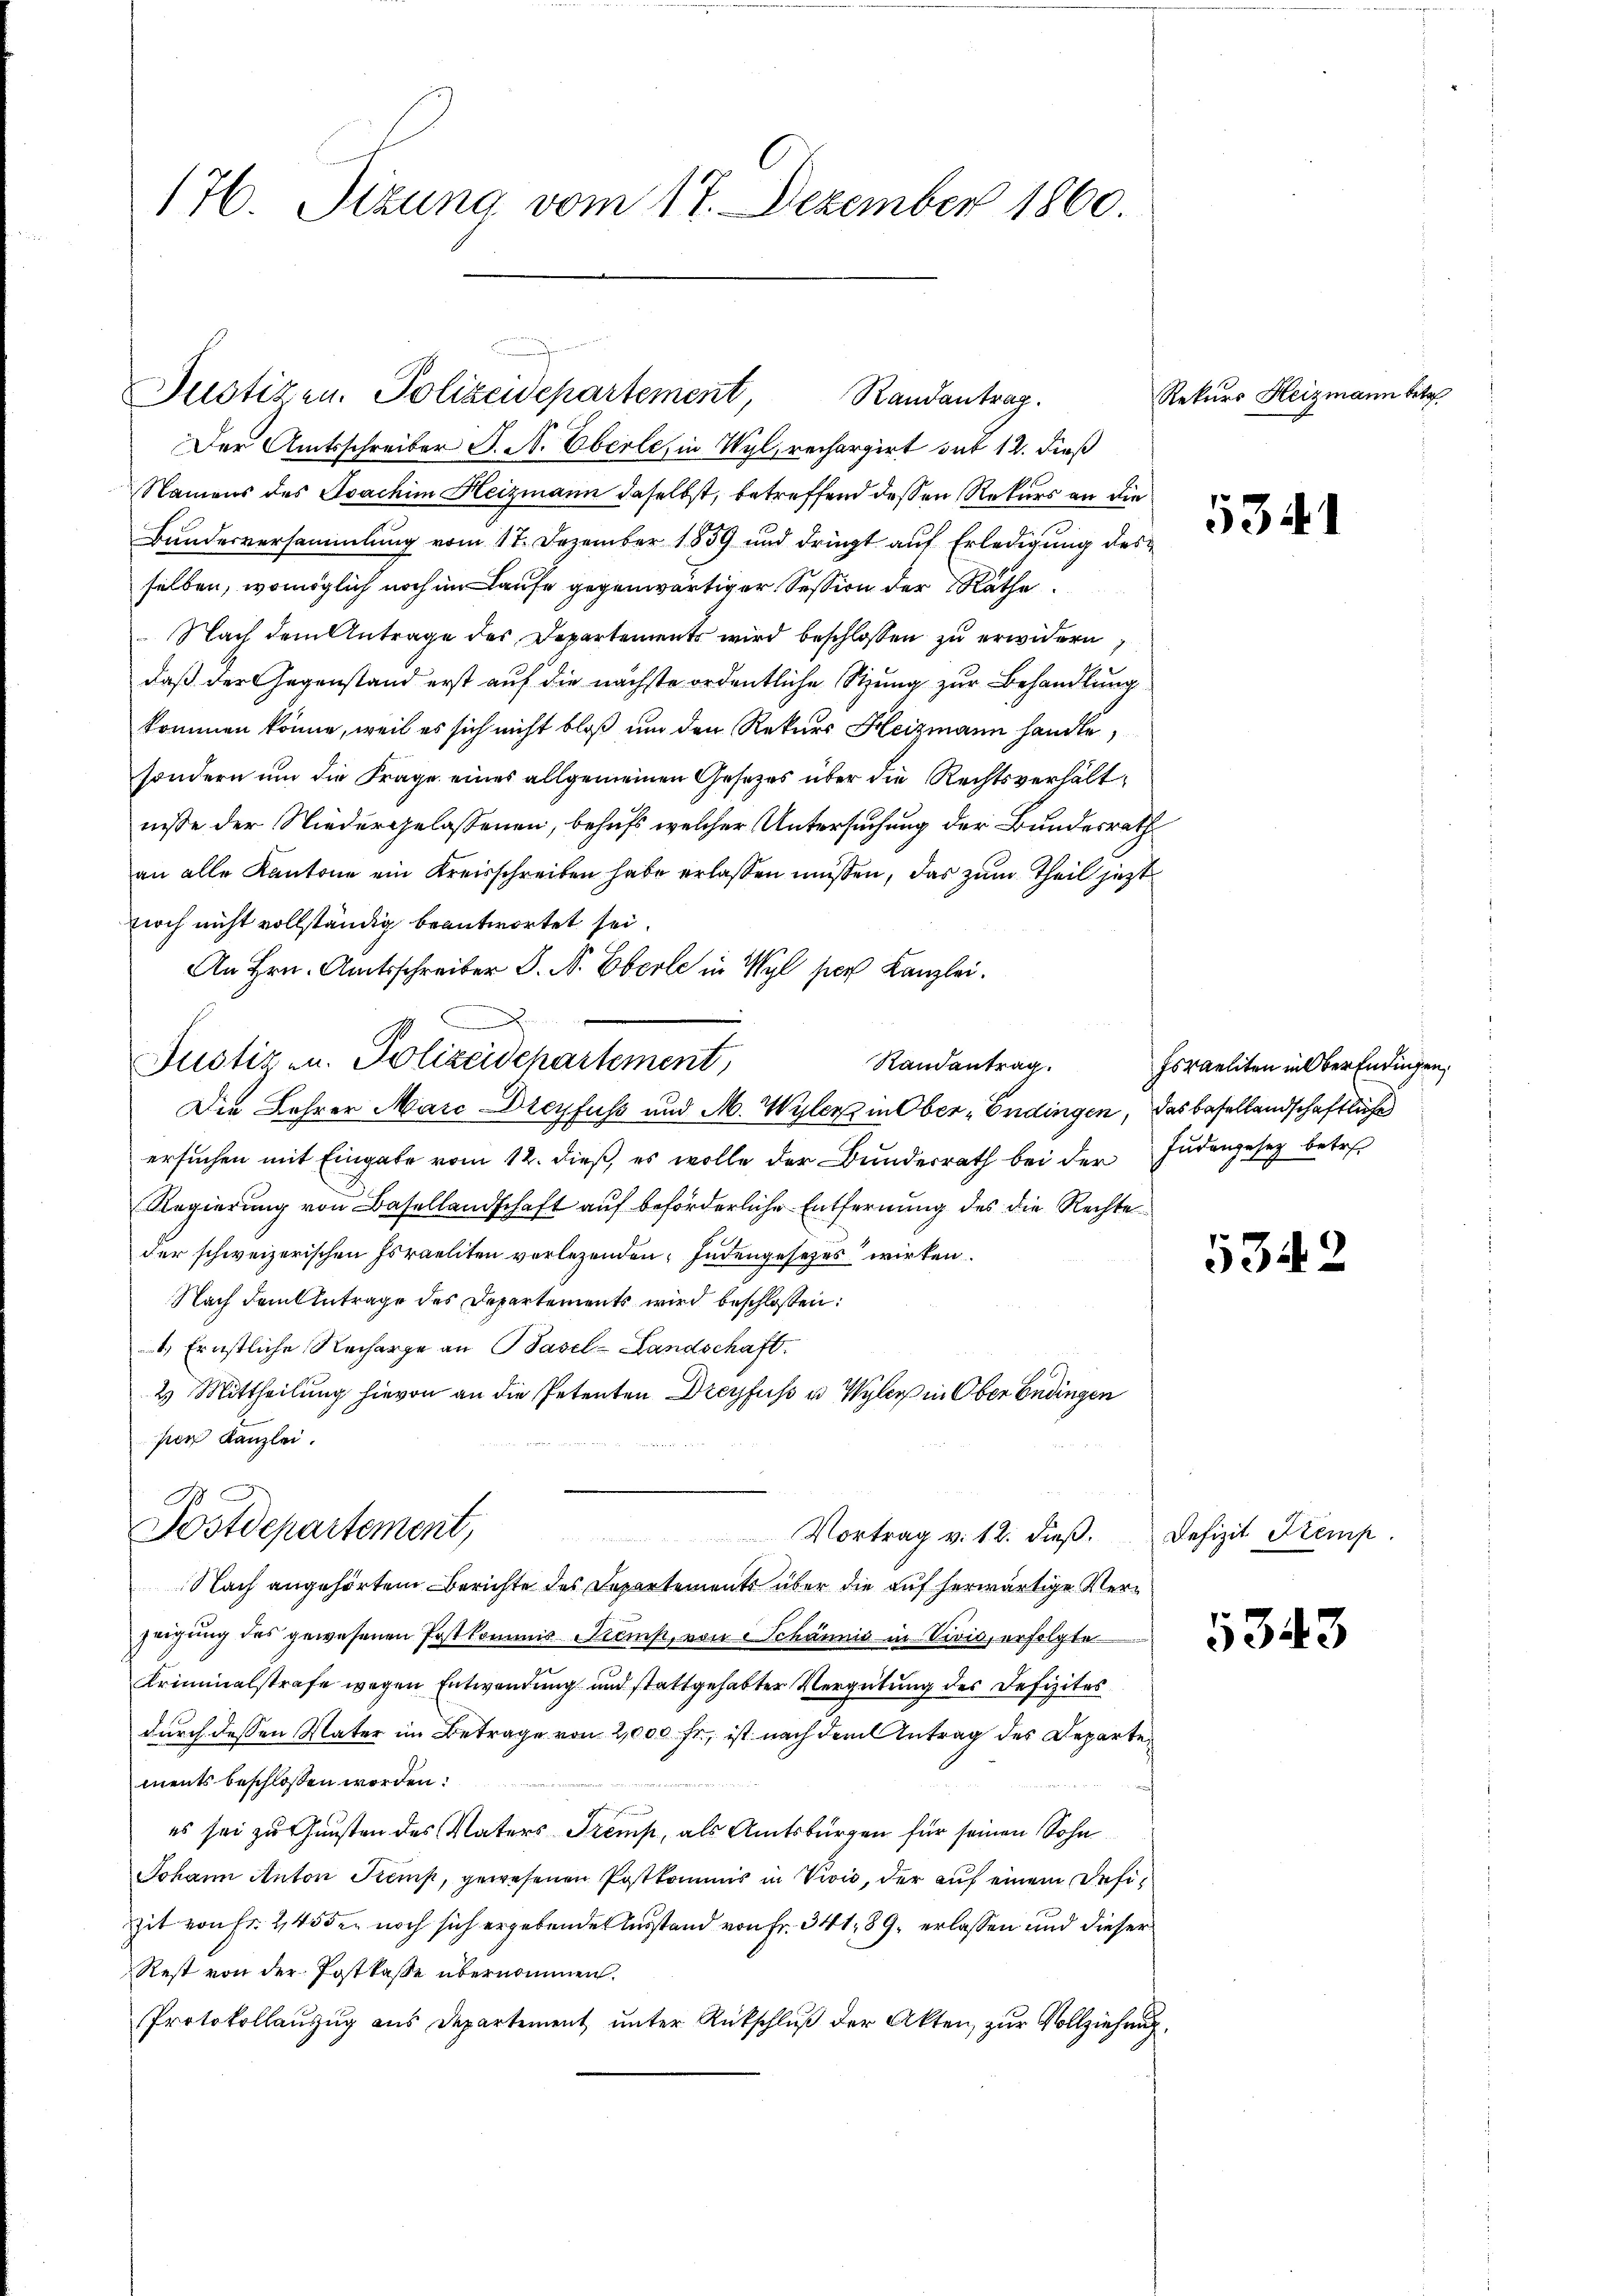
176. Sizung vom 17. Dezember 1860.

Der Amtsschreiber J. A. Eberle, in Wyl, rechargirt sit 12. dieß
Namens des Sachim Heizmann daselbst, betreffend dessen Rekurs an die
Bundesversammlung vom 17. Dezember 1859 und dringt auf Erledigung des
selben, womöglich noch im Laufe gegenwärtiger Session der Räthe
 Nach dem Antrage des Departements wird beschlossen zu erwidern
daß der Gegenstand erst auf die nächste ordentliche Stung zur Behandlung
kommen könne, weil es sich nicht bloß um den Rekurs Heizmann handle,
sondern um die Frage eines allgemeinen Gesetzes über die Rechtsverhältnisse der Niedergelassenen, behufs welcher Untersuchung der Bundesrath
an alle Kantone ein Kreisschreiben habe erlassen müßen, das zum Theil jetzt
nioch nicht vollständig beantwortet sei
2.
An Hrn. Amtsschreiber J. M. Eberle in Wyl sich Kanzlei.
Randantrag.
Die Lehrer Marc Dreyfuss und M. Wyler in Ober-Endingen, das besellandschaftliche
ersuchen mit Eingabe vom 12. dieß, es wolle der Bundesrath bei der Judengesez betre
Regierung von Basellandschaft auf beförderliche Entfernung des die Rechte
der schweizerischen Israeliten vorlegenden Indengesetzes wirken.
Nach dem Antrage des Departements wird beschloßen:
1.) Ernstliche Recharge an Basel-Landschaft.
2) Mittheilung hievon an die Petenten Dreyfuss v. Wylers in Ober Endingen
pen Kanzlei.
Postdepartement,
Vortrag v. 12. dieβ. Defizit Kemp
Nach angehörtem Berichte des Departements über die auf herwärtige Verzeigung des gewesenen Postkommis Semp, von Schännis in Sivis, erfolgte
Kriminalstrafe wegen Entwendung und stattgehabter Vergütung der Defizites
durch dessen Vater im Betrage von 2,000 fr, ist nach dem Antrag des Departe
ments beschlossen worden.
es sei zu Gunsten des Vaters Tremp, als Amtsbürgen für seinen Sohn
Johann Anton Kemp, gewesenen Postkommis in Vivis, der auf einem Desi¬
Zit von Fr. 245 den noch sich ergebenden Ausstand von Fr. 341. 89. erlassen und dieser
Rest von der Postkasse übernommen.
Protokollanzug aus Departement unter Rückschluß der Akten, zur Vollziehung

Justiz- u. Polizeidepartement,

Justizen. Polizeidepartement,
Randantrag.

Rekurs Heizmann betr.

5341

Israeliten in Ober Endingen,

5342

5343